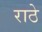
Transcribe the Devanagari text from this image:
राठे